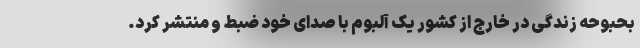
بحبوحه زندگی در خارج از کشور یک آلبوم با صدای خود ضبط و منتشر کرد.